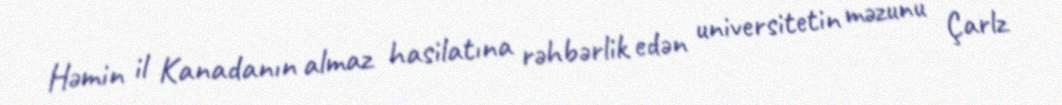
Həmin il Kanadanın almaz hasilatına rəhbərlik edən universitetin məzunu Çarlz